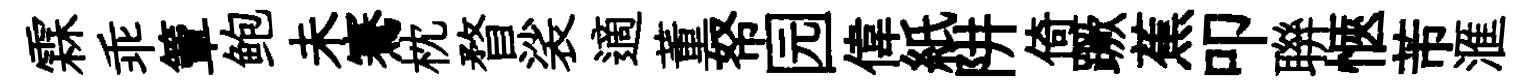
霖乖簟鲍未騫枕瞀裟適董帑园偉紙阱倚蹶蕉叩聨愜芾滙